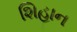
શિહાન